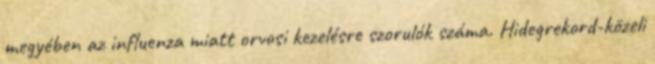
megyében az influenza miatt orvosi kezelésre szorulók száma. Hidegrekord-közeli